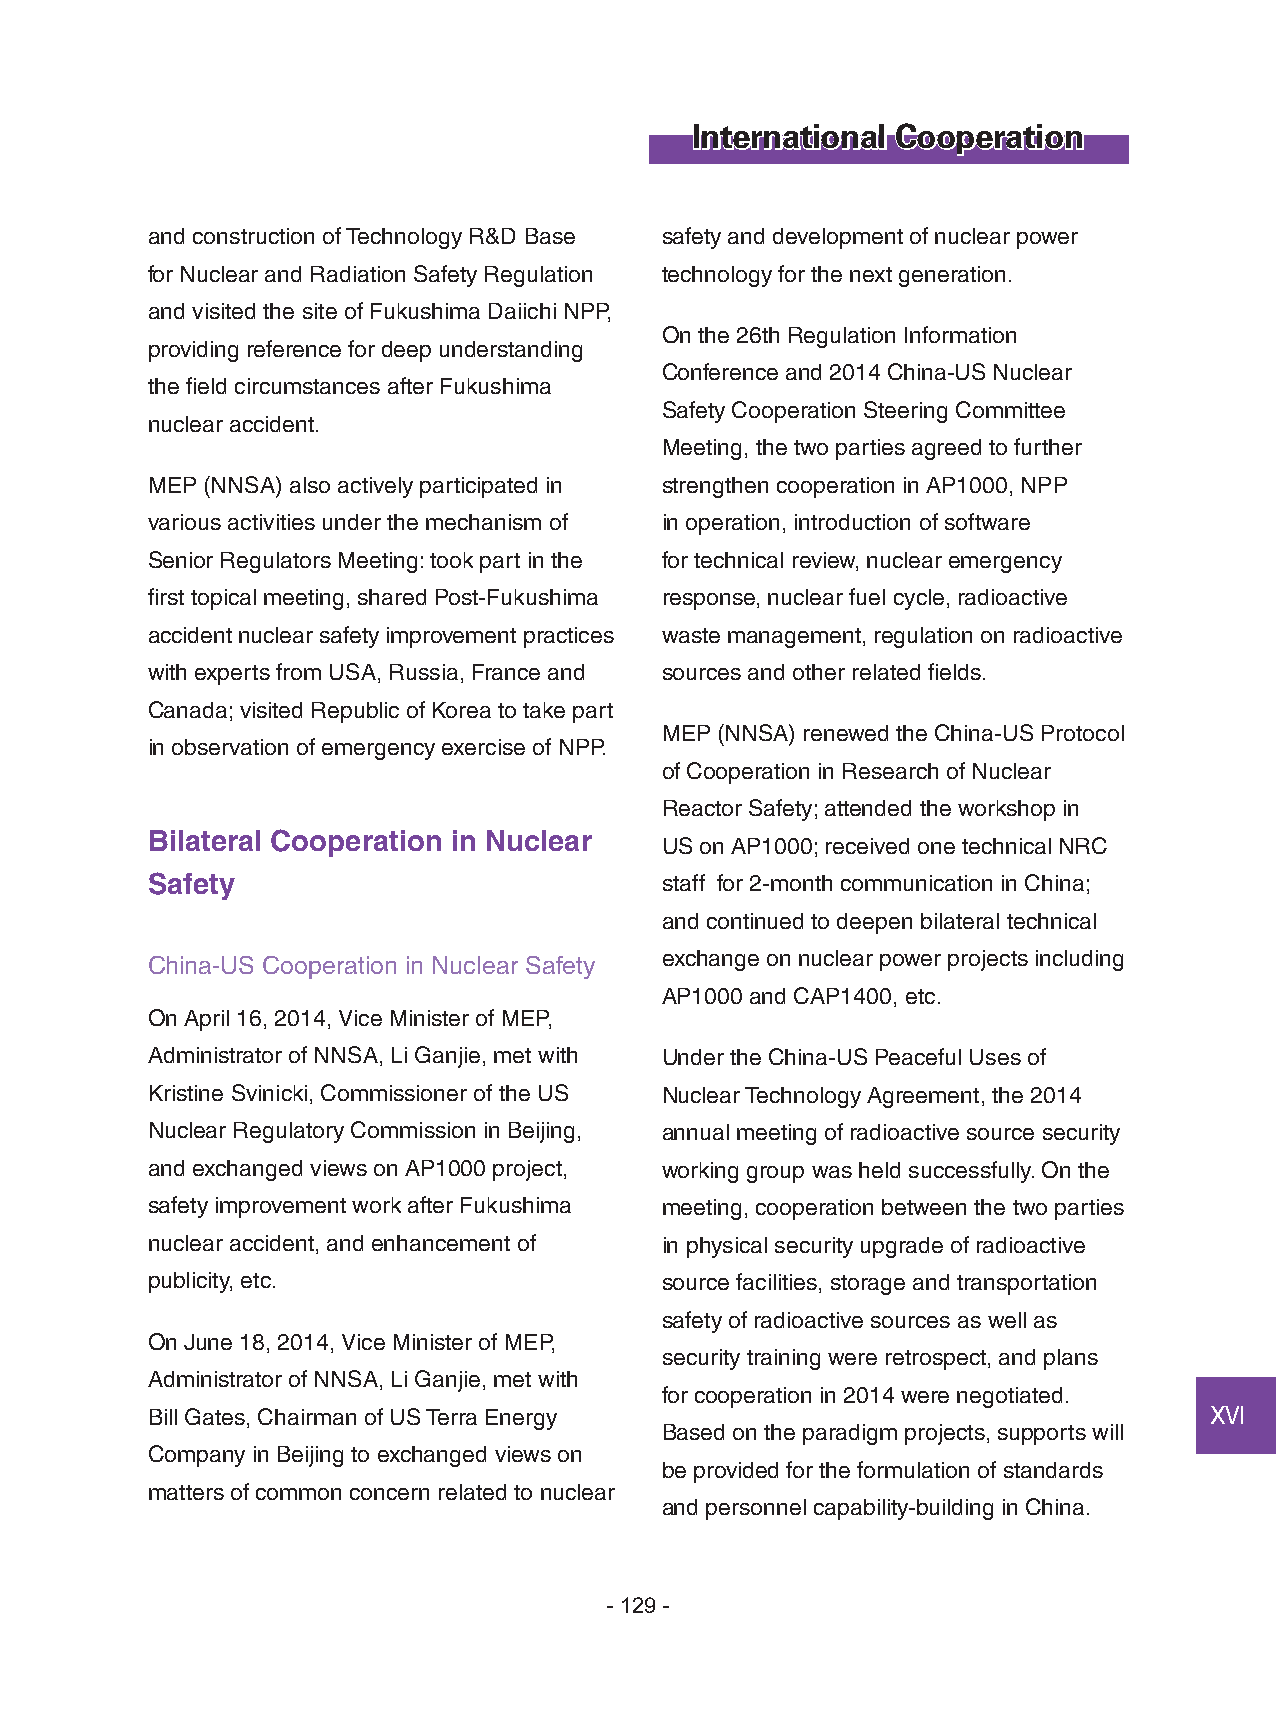
International Cooperation
 and construction of Technology R&D Base safety and development of nuclear power
 for Nuclear and Radiation Safety Regulation technology for the next generation.
 and visited the site of Fukushima Daiichi NPP,
 On the 26th Regulation Information
 providing reference for deep understanding
 Conference and 2014 China-US Nuclear
 the field circumstances after Fukushima
 Safety Cooperation Steering Committee
 nuclear accident.
 Meeting, the two parties agreed to further
 MEP (NNSA) also actively participated in strengthen cooperation in AP1000, NPP
 various activities under the mechanism of in operation, introduction of software
 Senior Regulators Meeting: took part in the for technical review, nuclear emergency
 first topical meeting, shared Post-Fukushima response, nuclear fuel cycle, radioactive
 accident nuclear safety improvement practices waste management, regulation on radioactive
 with experts from USA, Russia, France and sources and other related fields.
 Canada; visited Republic of Korea to take part
 MEP (NNSA) renewed the China-US Protocol
 in observation of emergency exercise of NPP.
 of Cooperation in Research of Nuclear
 Reactor Safety; attended the workshop in
 Bilateral Cooperation in Nuclear
 US on AP1000; received one technical NRC
 Safety                            staff for 2-month communication in China;
 and continued to deepen bilateral technical
 exchange on nuclear power projects including
 China-US Cooperation in Nuclear Safety
 AP1000 and CAP1400, etc.
 On April 16, 2014, Vice Minister of MEP,
 Administrator of NNSA, Li Ganjie, met with Under the China-US Peaceful Uses of
 Kristine Svinicki, Commissioner of the US Nuclear Technology Agreement, the 2014
 Nuclear Regulatory Commission in Beijing, annual meeting of radioactive source security
 and exchanged views on AP1000 project, working group was held successfully. On the
 safety improvement work after Fukushima meeting, cooperation between the two parties
 nuclear accident, and enhancement of in physical security upgrade of radioactive
 publicity, etc.                   source facilities, storage and transportation
 safety of radioactive sources as well as
 On June 18, 2014, Vice Minister of MEP,
 security training were retrospect, and plans
 Administrator of NNSA, Li Ganjie, met with
 for cooperation in 2014 were negotiated.
 Bill Gates, Chairman of US Terra Energy                               ⅩⅥ
 Based on the paradigm projects, supports will
 Company in Beijing to exchanged views on
 be provided for the formulation of standards
 matters of common concern related to nuclear
 and personnel capability-building in China.
 - 129 -